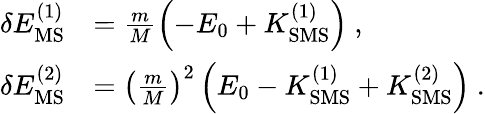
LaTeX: \begin{array}{rl}{\delta E_{\mathrm{MS}}^{(1)}}&{=\frac{m}{M}\left(-E_{0}+K_{\mathrm{SMS}}^{(1)}\right)\ ,}\\ {\delta E_{\mathrm{MS}}^{(2)}}&{=\left(\frac{m}{M}\right)^{2}\left(E_{0}-K_{\mathrm{SMS}}^{(1)}+K_{\mathrm{SMS}}^{(2)}\right)\ .}\end{array}